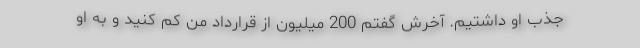
جذب او داشتیم. آخرش گفتم 200 میلیون از قرارداد من کم کنید و به او